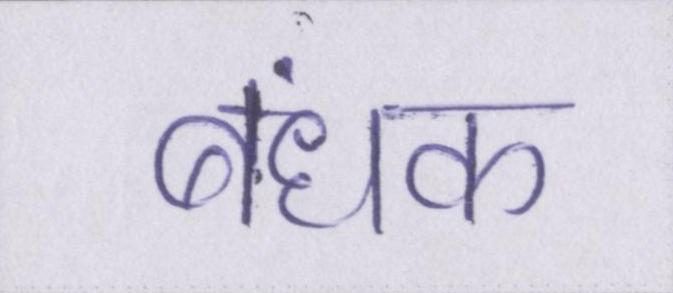
बंधक